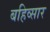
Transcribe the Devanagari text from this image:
बहिव्सार